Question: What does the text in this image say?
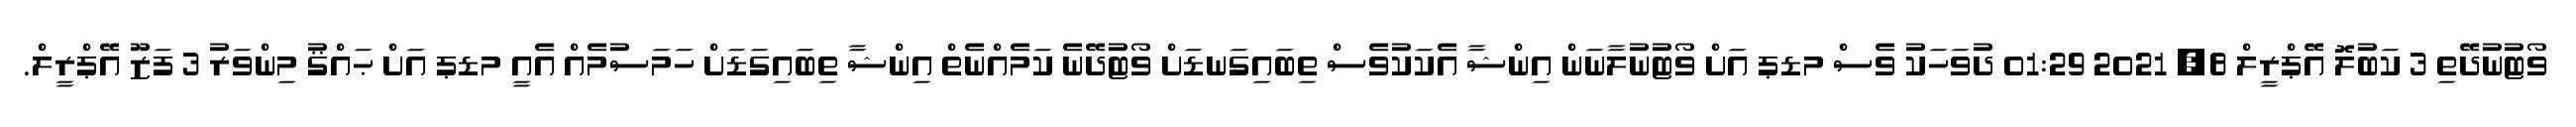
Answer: ވޯޓުނުދޭތި 3 ކަބުލޮ އޭޕްރީލް 8, 2021 01:29 ދުވަހަކު ވެސް މޑޕ އަށް ވޯޓުނުލާނަން އިންޝާ އެކަކުވެސް ތިބައިގަނޑަށް ވޯޓުދޭނެ ކަމެއްނެތް އިންޝާ ތިބައިގަޑަށް ހަމަސުމެއް އެއީ މޑޕ އަށް ޙައްޤު މިންވަރު 3 ފަޒޫ އޭޕްރީލް.